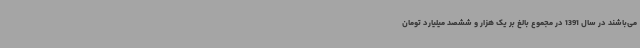
می‌باشند در سال 1391 در مجموع بالغ بر یک هزار و ششصد میلیارد تومان